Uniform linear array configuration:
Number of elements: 24
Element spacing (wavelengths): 0.5
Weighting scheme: hamming
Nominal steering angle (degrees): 15
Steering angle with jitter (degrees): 15.244
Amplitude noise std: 0.05
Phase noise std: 0.05

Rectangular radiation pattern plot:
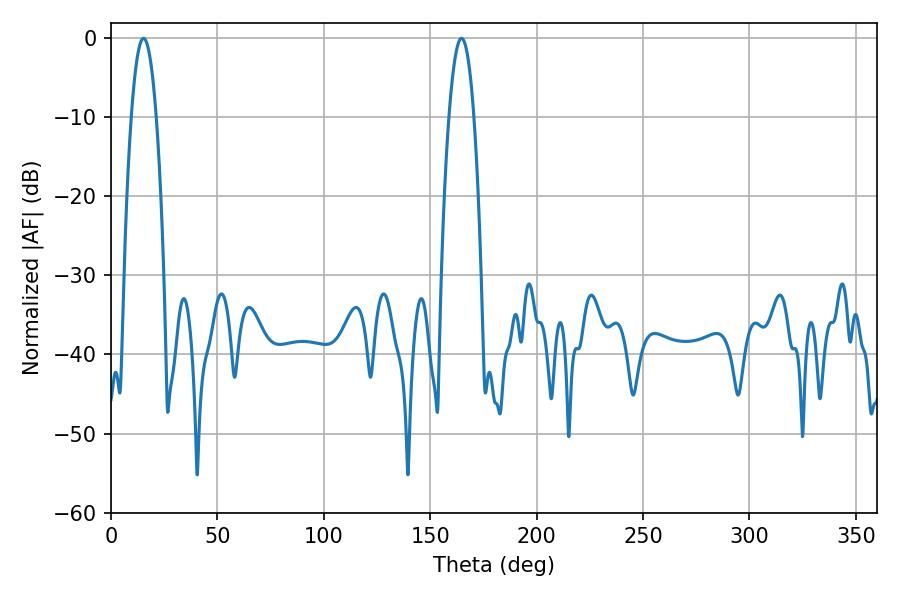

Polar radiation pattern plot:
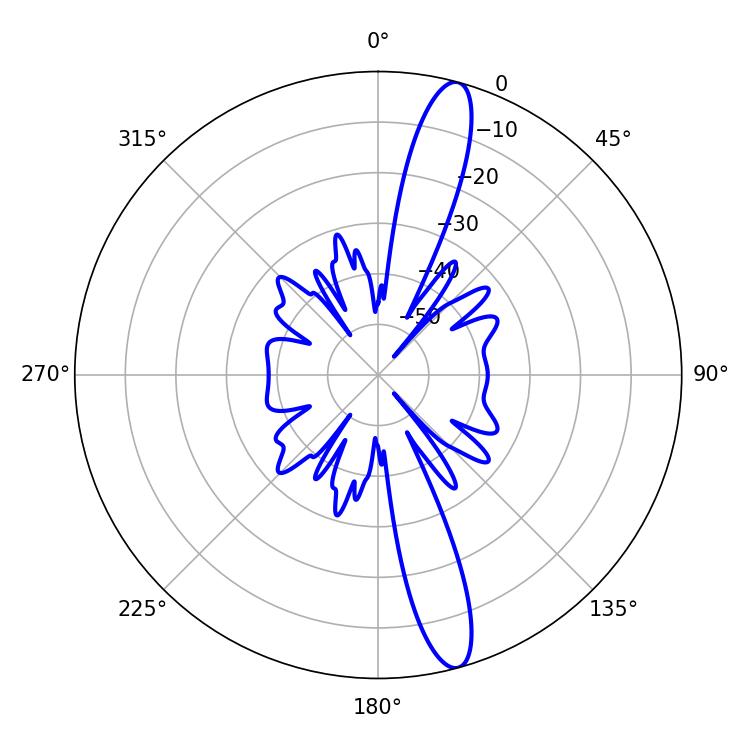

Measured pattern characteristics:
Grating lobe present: FALSE
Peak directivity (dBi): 14.931
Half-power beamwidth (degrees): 6.48
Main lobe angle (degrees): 164.7